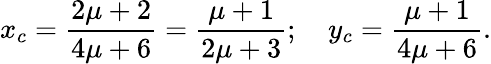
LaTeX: x_{c}=\frac{2\mu+2}{4\mu+6}=\frac{\mu+1}{2\mu+3};\quad y_{c}=\frac{\mu+1}{4\mu+6}.